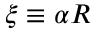
\xi \equiv \alpha R